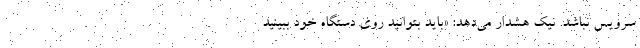
سرویس نباشد. نیک هشدار می‌دهد: «باید بتوانید روی دستگاه خود ببینید